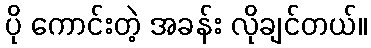
ပို ကောင်းတဲ့ အခန်း လိုချင်တယ်။